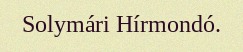
Solymári Hírmondó.